Applicability to medico-legal practice in India of the biochemical tests for the origin of blood-stains - Number 39
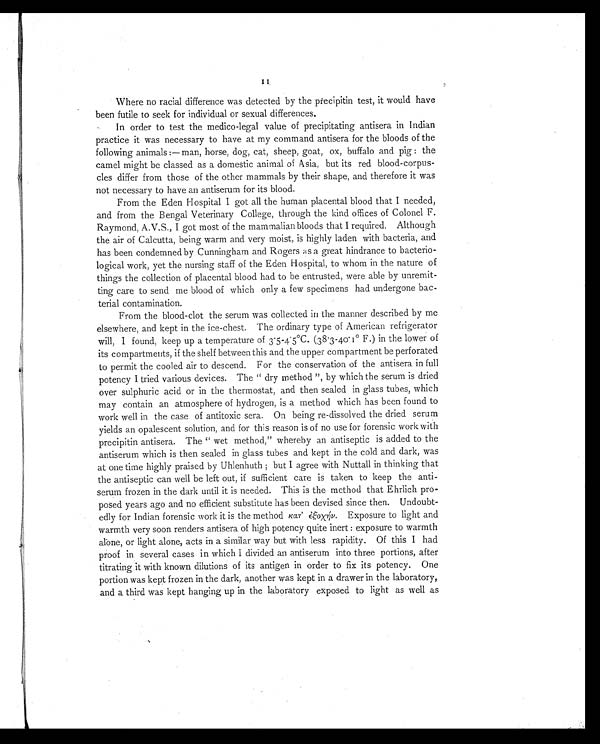
Where no racial difference was detected by the precipitin test, it would have
been futile to seek for individual or sexual differences.
In order to test the medico-legal value of precipitating antisera in Indian
practice it was necessary to have at my command antisera for the bloods of the
f ol l owi ng ani mal s: — man, hor se, dog, cat , sheep, goat , ox, buf f al o and pi g : t he
camel might be classed as a domestic animal of Asia, but its red blood-corpus-
cles differ from those of the other mammals by their shape, and therefore it was
not necessary to have an antiserum for its blood.
From the Eden Hospital I got all the human placental blood that I needed,
and from the Bengal Veterinary College, through the kind offices of Colonel F.
Raymond, A.V.S., I got most of the mammalian bloods that I required. Although
the air of Calcutta, being warm and very moist, is highly laden with bacteria, and
has been condemned by Cunningham and Rogers a great hindrance to bacterio-
logical work, yet the nursing staff of the Eden Hospital, to whom in the nature of
things the collection of placental blood had to be entrusted, were able by unremit-
ting care to send me blood of which only a few specimens had undergone bac
-terial contamination.
From the blood-clot the serum was collected in the manner described by me
elsewhere, and kept in the ice-chest. The ordinary type of American refrigerator
will, I found, keep up a temperature of 3.5-4.5ºC. (38.3-40.1º F.) in the lower of
its compartments, if the shelf between this and the upper compartment be perforated
to permit the cooled air to descend. For the conservation of the antisera in full
potency I tried various devices. The " dry method ", by which the serum is dried
over sulphuric acid or in the thermostat, and then sealed in glass tubes, which
may contain an atmosphere of hydrogen, is a method which has been found to
work well in the case of antitoxic sera. On being re-dissolved the dried serum
yields an opalescent solution, and for this reason is of no use for forensic work with
precipitin antisera. The " wet method," whereby an antiseptic is added to the
antiserum which is then sealed in glass tubes and kept in the cold and dark, was
at one time highly praised by Uhlenhuth; but I agree with Nuttall in thinking that
the antiseptic can well be left out, if sufficient care is taken to keep the anti-
serum frozen in the dark until it is needed. This is the method that Ehrlich pro-
posed years ago and no efficient substitute has been devised since then. Undoubt-
edly for Indian forensic work it is the method καт' έξοХήν
Exposure to light and
warmth very soon renders antisera of high potency quite inert : exposure to warmth
alone, or light alone, acts in a similar way but with less rapidity. Of this I had
proof in several cases in which I divided an antiserum into three portions, after
titrating it with known dilutions of its antigen in order to fix its potency. One
portion was kept frozen in the dark, another was kept in a drawer in the laboratory,
and a third was kept hanging up in the laboratory exposed to light as well as